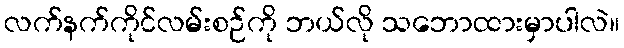
လက်နက်ကိုင်လမ်းစဉ်ကို ဘယ်လို သဘောထားမှာပါလဲ။